Elephants and their diseases
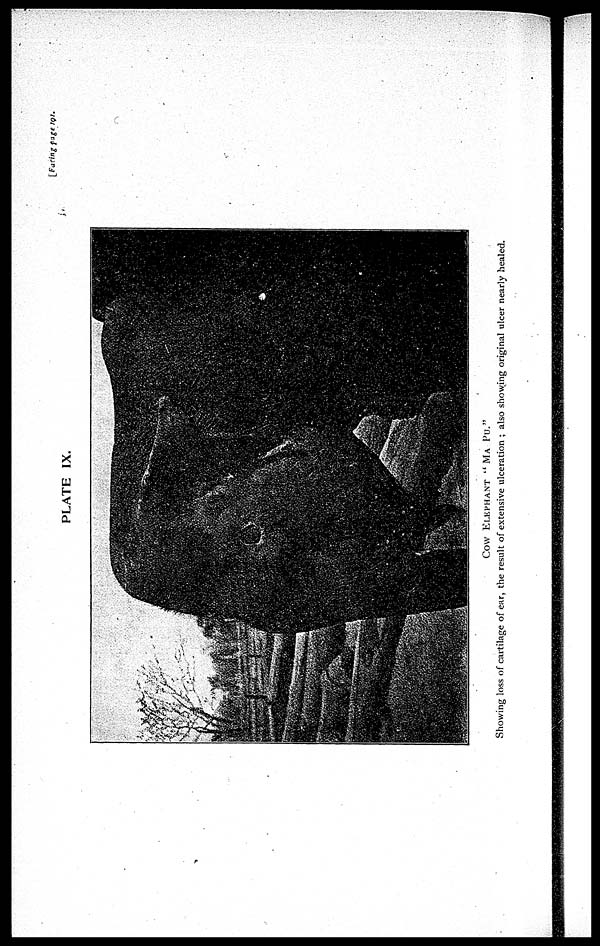
[Facing Page 101.
PLATE IX.
Cow
ELEPHANT
"
MA
PU."
Showing loss of cartilage of ear, the result of extensive ulceration ; also showing original ulcer nearly healed.